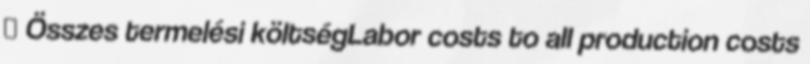
◦ Összes termelési költségLabor costs to all production costs